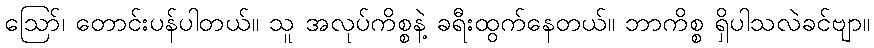
ဪ၊ တောင်းပန်ပါတယ်။ သူ အလုပ်ကိစ္စနဲ့ ခရီးထွက်နေတယ်။ ဘာကိစ္စ ရှိပါသလဲခင်ဗျာ။